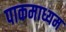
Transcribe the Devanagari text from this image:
पाकमाध्यम